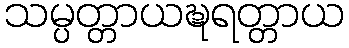
သမ္ပတ္တာယဍ္ဎရတ္တာယ